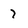
Character: 7